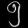
Digit: ၅